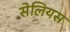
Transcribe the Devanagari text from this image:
सेलियस